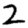
Digit: 2